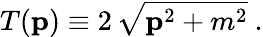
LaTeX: T({\mathbf p})\equiv 2\, \sqrt{{\mathbf p}^{2}+m^{2}}\ .